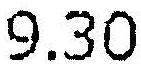
9.30